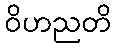
ဝိဟညတိ